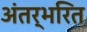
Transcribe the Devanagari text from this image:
अंतर्भरित